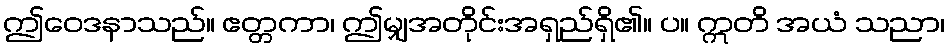
ဤဝေဒနာသည်။ ဧတ္တကာ၊ ဤမျှအတိုင်းအရှည်ရှိ၏။ ပ။ ဣတိ အယံ သညာ၊